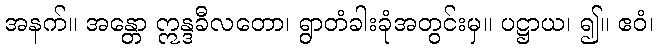
အနက်။ အန္တော ဣန္ဒခီလတော၊ ရွာတံခါးခုံအတွင်းမှ။ ပဋ္ဌာယ၊ ၍။ ဧဝံ၊